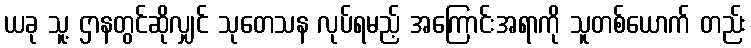
ယခု သူ့ ဌာနတွင်ဆိုလျှင် သုတေသန လုပ်ရမည့် အကြောင်းအရာကို သူတစ်ယောက် တည်း